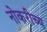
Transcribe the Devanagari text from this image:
नोकरीच्य